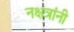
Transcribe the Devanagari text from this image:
नक्षत्रांनी